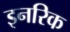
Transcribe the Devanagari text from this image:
इनरिक